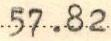
57.82